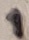
Text: 1